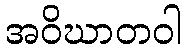
အဝိဃာတဝါ